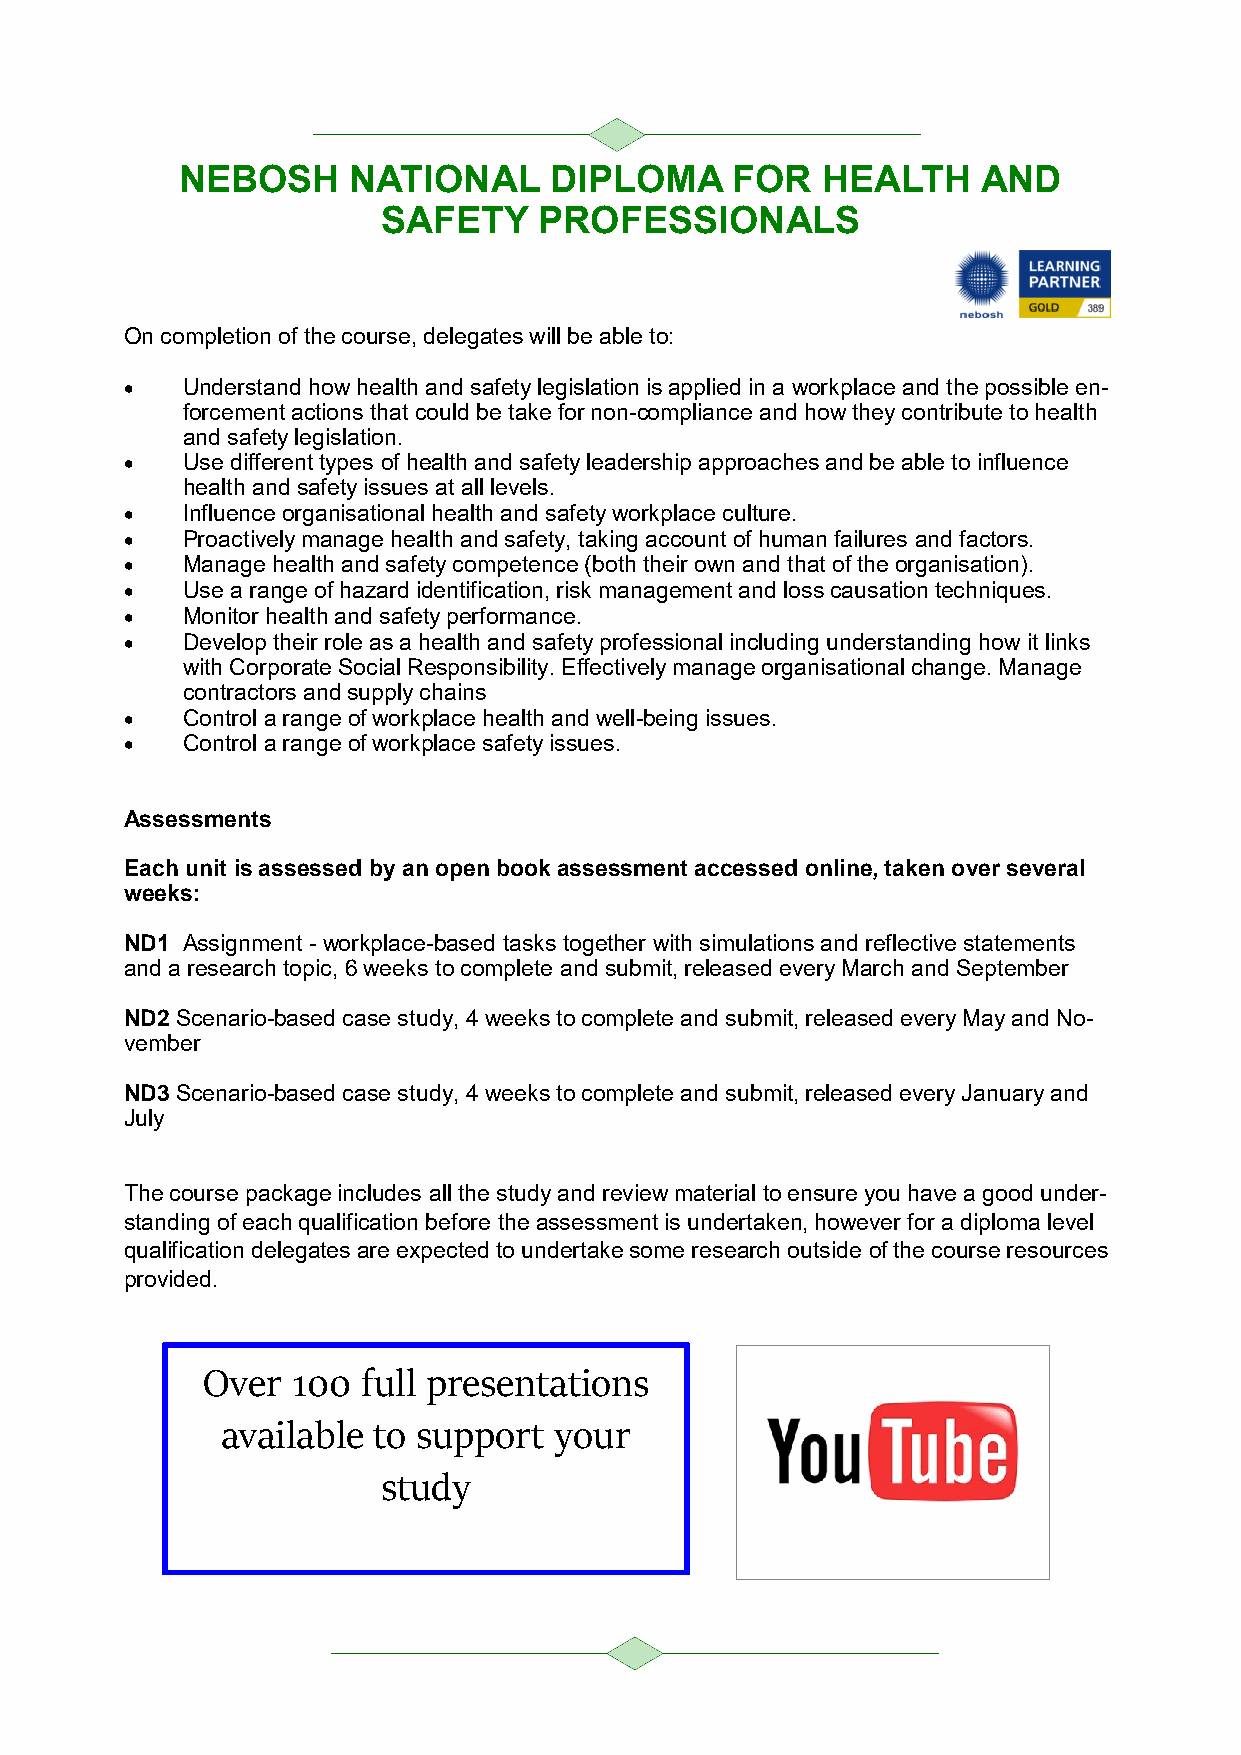
NEBOSH     NATIONAL     DIPLOMA     FOR   HEALTH     AND
 SAFETY     PROFESSIONALS
 On completion of the course, delegates will be able to:
 •   Understand how health and safety legislation is applied in a workplace and the possible en-
 forcement actions that could be take for non-compliance and how they contribute to health
 and safety legislation.
 •   Use different types of health and safety leadership approaches and be able to influence
 health and safety issues at all levels.
 •   Influence organisational health and safety workplace culture.
 •   Proactively manage health and safety, taking account of human failures and factors.
 •   Manage health and safety competence (both their own and that of the organisation).
 •   Use a range of hazard identification, risk management and loss causation techniques.
 •   Monitor health and safety performance.
 •   Develop their role as a health and safety professional including understanding how it links
 with Corporate Social Responsibility. Effectively manage organisational change. Manage
 contractors and supply chains
 •   Control a range of workplace health and well-being issues.
 •   Control a range of workplace safety issues.
 Assessments
 Each unit is assessed by an open book assessment accessed online, taken over several
 weeks:
 ND1 Assignment - workplace-based tasks together with simulations and reflective statements
 and a research topic, 6 weeks to complete and submit, released every March and September
 ND2 Scenario-based case study, 4 weeks to complete and submit, released every May and No-
 vember
 ND3 Scenario-based case study, 4 weeks to complete and submit, released every January and
 July
 The course package includes all the study and review material to ensure you have a good under-
 standing of each qualification before the assessment is undertaken, however for a diploma level
 qualification delegates are expected to undertake some research outside of the course resources
 provided.
 Over  100  full presentations
 available to support  your
 study